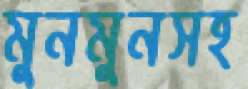
মুনমুনসহ